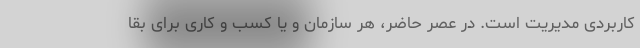
کاربردی مدیریت است. در عصر حاضر، هر سازمان و یا کسب و کاری برای بقا